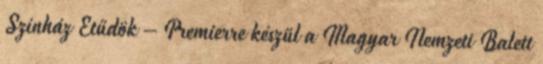
Színház Etűdök – Premierre készül a Magyar Nemzeti Balett